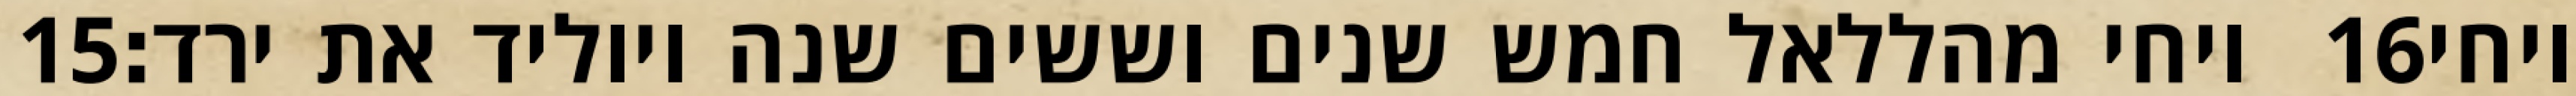
‎15‏ ויחי מהללאל חמש שנים וששים שנה ויוליד את ירד׃ ‎16‏ ויחי